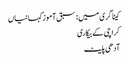
کیٹاگری میں : سبق آموز کہانیاں
کراچی کے بیکاری
آدھی پلیٹ